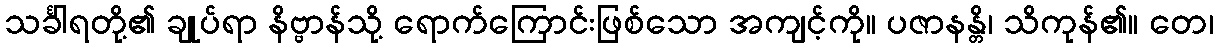
သင်္ခါရတို့၏ ချုပ်ရာ နိဗ္ဗာန်သို့ ရောက်ကြောင်းဖြစ်သော အကျင့်ကို။ ပဇာနန္တိ၊ သိကုန်၏။ တေ၊